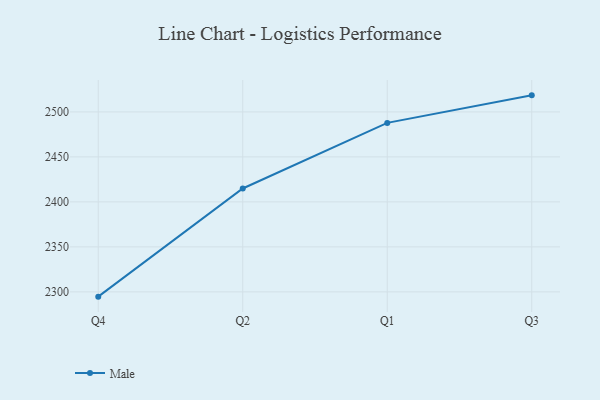
{"axis": {"x": "Quarter", "y": "Bounce Rate (%)"}, "legend": ["Male"], "data": [{"x": "Q4", "y": 2294.7, "type": "Male"}, {"x": "Q2", "y": 2414.9, "type": "Male"}, {"x": "Q1", "y": 2487.8, "type": "Male"}, {"x": "Q3", "y": 2518.4, "type": "Male"}]}